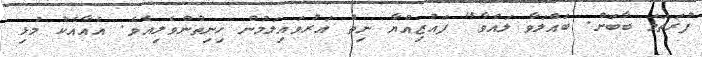
ފުރަތަމަ ބާބަށް. ބައްލަވާ ލައްވާ" ފައުޒިއްޔާ ނިތް އަރުވައިލަމުން ހިނިތުންވެލިއެވެ. އެއާއެކު މުޅި